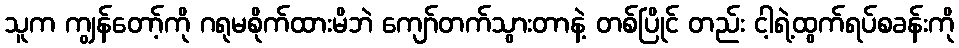
သူက ကျွန်တော့်ကို ဂရုမစိုက်ထားမိဘဲ ကျော်တက်သွားတာနဲ့ တစ်ပြိုင် တည်း ငါ့ရဲ့ထွက်ရပ်စခန်းကို